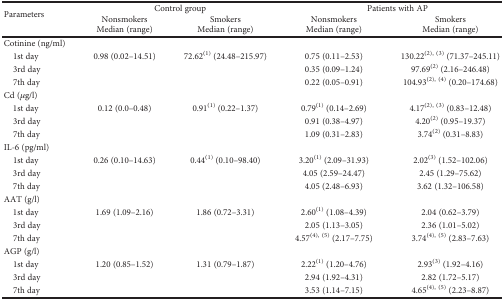
<table><thead><tr><td rowspan="2"><b>Parameters</b></td><td colspan="2"><b>Control group</b></td><td colspan="2"><b>Patients with AP</b></td></tr><tr><td><b>NonsmokersMedian (range)</b></td><td><b>SmokersMedian (range)</b></td><td><b>NonsmokersMedian (range)</b></td><td><b>SmokersMedian (range)</b></td></tr></thead><tbody><tr><td>Cotinine (ng/ml)</td><td></td><td></td><td></td><td></td></tr><tr><td> 1st day</td><td>0.98 (0.02–14.51)</td><td>72.62<sup>(1)</sup> (24.48–215.97)</td><td>0.75 (0.11–2.53)</td><td>130.22<sup>(2), (3)</sup> (71.37–245.11)</td></tr><tr><td> 3rd day</td><td></td><td></td><td>0.35 (0.09–1.24)</td><td>97.69<sup>(2)</sup> (2.16–246.48)</td></tr><tr><td> 7th day</td><td></td><td></td><td>0.22 (0.05–0.91)</td><td>104.93<sup>(2), (4)</sup> (0.20–174.68)</td></tr><tr><td>Cd (<i>μ</i>g/l)</td><td></td><td></td><td></td><td></td></tr><tr><td> 1st day</td><td>0.12 (0.0–0.48)</td><td>0.91<sup>(1)</sup> (0.22–1.37)</td><td>0.79<sup>(1)</sup> (0.14–2.69)</td><td>4.17<sup>(2), (3)</sup> (0.83–12.48)</td></tr><tr><td> 3rd day</td><td></td><td></td><td>0.91 (0.38–4.97)</td><td>4.20<sup>(2)</sup> (0.95–19.37)</td></tr><tr><td> 7th day</td><td></td><td></td><td>1.09 (0.31–2.83)</td><td>3.74<sup>(2)</sup> (0.31–8.83)</td></tr><tr><td>IL-6 (pg/ml)</td><td></td><td></td><td></td><td></td></tr><tr><td> 1st day</td><td>0.26 (0.10–14.63)</td><td>0.44<sup>(1)</sup> (0.10–98.40)</td><td>3.20<sup>(1)</sup> (2.09–31.93)</td><td>2.02<sup>(3)</sup> (1.52–102.06)</td></tr><tr><td> 3rd day</td><td></td><td></td><td>4.05 (2.59–24.47)</td><td>2.45 (1.29–75.62)</td></tr><tr><td> 7th day</td><td></td><td></td><td>4.05 (2.48–6.93)</td><td>3.62 (1.32–106.58)</td></tr><tr><td>AAT (g/l)</td><td></td><td></td><td></td><td></td></tr><tr><td> 1st day</td><td>1.69 (1.09–2.16)</td><td>1.86 (0.72–3.31)</td><td>2.60<sup>(1)</sup> (1.08–4.39)</td><td>2.04 (0.62–3.79)</td></tr><tr><td> 3rd day</td><td></td><td></td><td>2.05 (1.13–3.05)</td><td>2.36 (1.01–5.02)</td></tr><tr><td> 7th day</td><td></td><td></td><td>4.57<sup>(4), (5)</sup> (2.17–7.75)</td><td>3.74<sup>(4), (5)</sup> (2.83–7.63)</td></tr><tr><td>AGP (g/l)</td><td></td><td></td><td></td><td></td></tr><tr><td> 1st day</td><td>1.20 (0.85–1.52)</td><td>1.31 (0.79–1.87)</td><td>2.22<sup>(1)</sup> (1.20–4.76)</td><td>2.93<sup>(3)</sup> (1.92–4.16)</td></tr><tr><td> 3rd day</td><td></td><td></td><td>2.94 (1.92–4.31)</td><td>2.82 (1.72–5.17)</td></tr><tr><td> 7th day</td><td></td><td></td><td>3.53 (1.14–7.15)</td><td>4.65<sup>(4), (5)</sup> (2.23–8.87)</td></tr></tbody></table>